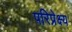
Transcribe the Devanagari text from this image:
परिप्रेक्ष्‍य